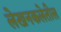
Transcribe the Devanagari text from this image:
लेखनकलेतील